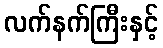
လက်နက်ကြီးနှင့်